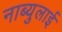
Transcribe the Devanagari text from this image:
नाब्युलाई